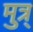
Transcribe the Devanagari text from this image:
मुत्र्